Civil Veterinary Department Bihar & Orissa reports 1922-29 - 1922-1929
Year: 1922
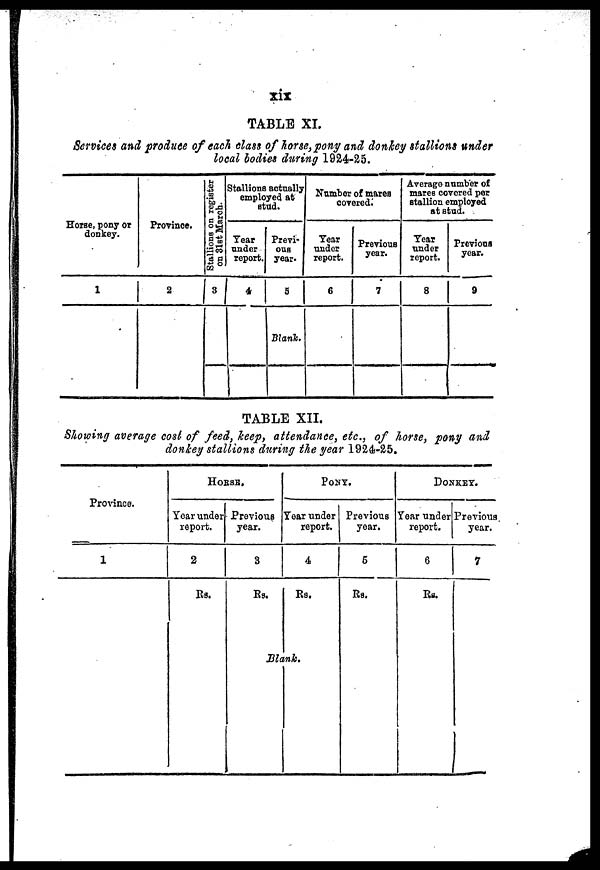
xix
TABLE XI.
Services and produce of each class of horse, pony and donkey stallions under
local bodies during 1924-25.
Horse, pony or
donkey.
1
Province.
2
Stallions on register
on 31st March.
Stallions actually
employed at
stud.
Tear
under
report.
3 4
Previ-
ous
year.
5
Blank.
Number of mares
covered.
Tear
under
report.
6
Previous
year.
7
Average number of
mares covered per
stallion employed
at stud.
Tear
under
report.
8
Previous
year.
9
TABLE XII.
Showing average cost of feed, keep, attendance, etc., of horse, pony and
donkey stallions during the year 1924-25.
Province.
1
HORSE.
Year under
report.
2
Rs.
Previous
year.
3
Rs.
PONY.
Year under
report.
4
Rs.
Blank.
Previous
year.
5
Rs.
DONKEY.
Year under
report.
6
Rs.
Previous
year.
7